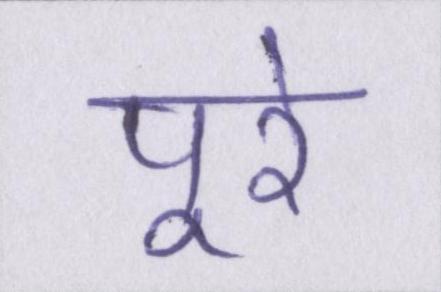
पूरे